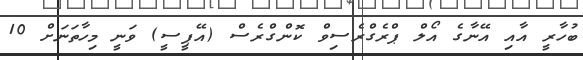
ބުހާރީ އާއި އޭނާގެ އޯލް ޕްރެގްރެސިވް ކޮންގްރެސް (އޭޕީސީ) ވަނީ މިހާތަނަށް 10